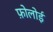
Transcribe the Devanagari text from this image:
फ़ोलोई